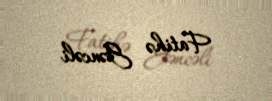
Fatihə Gəncəli